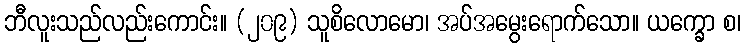
ဘီလူးသည်လည်းကောင်း။ (၂၀၉) သူစိလောမော၊ အပ်အမွေးရောက်သော။ ယက္ခော စ၊